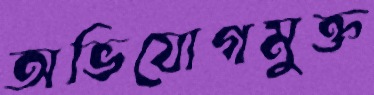
অভিযোগমুক্ত